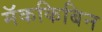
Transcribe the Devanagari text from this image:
मॅककिबिन